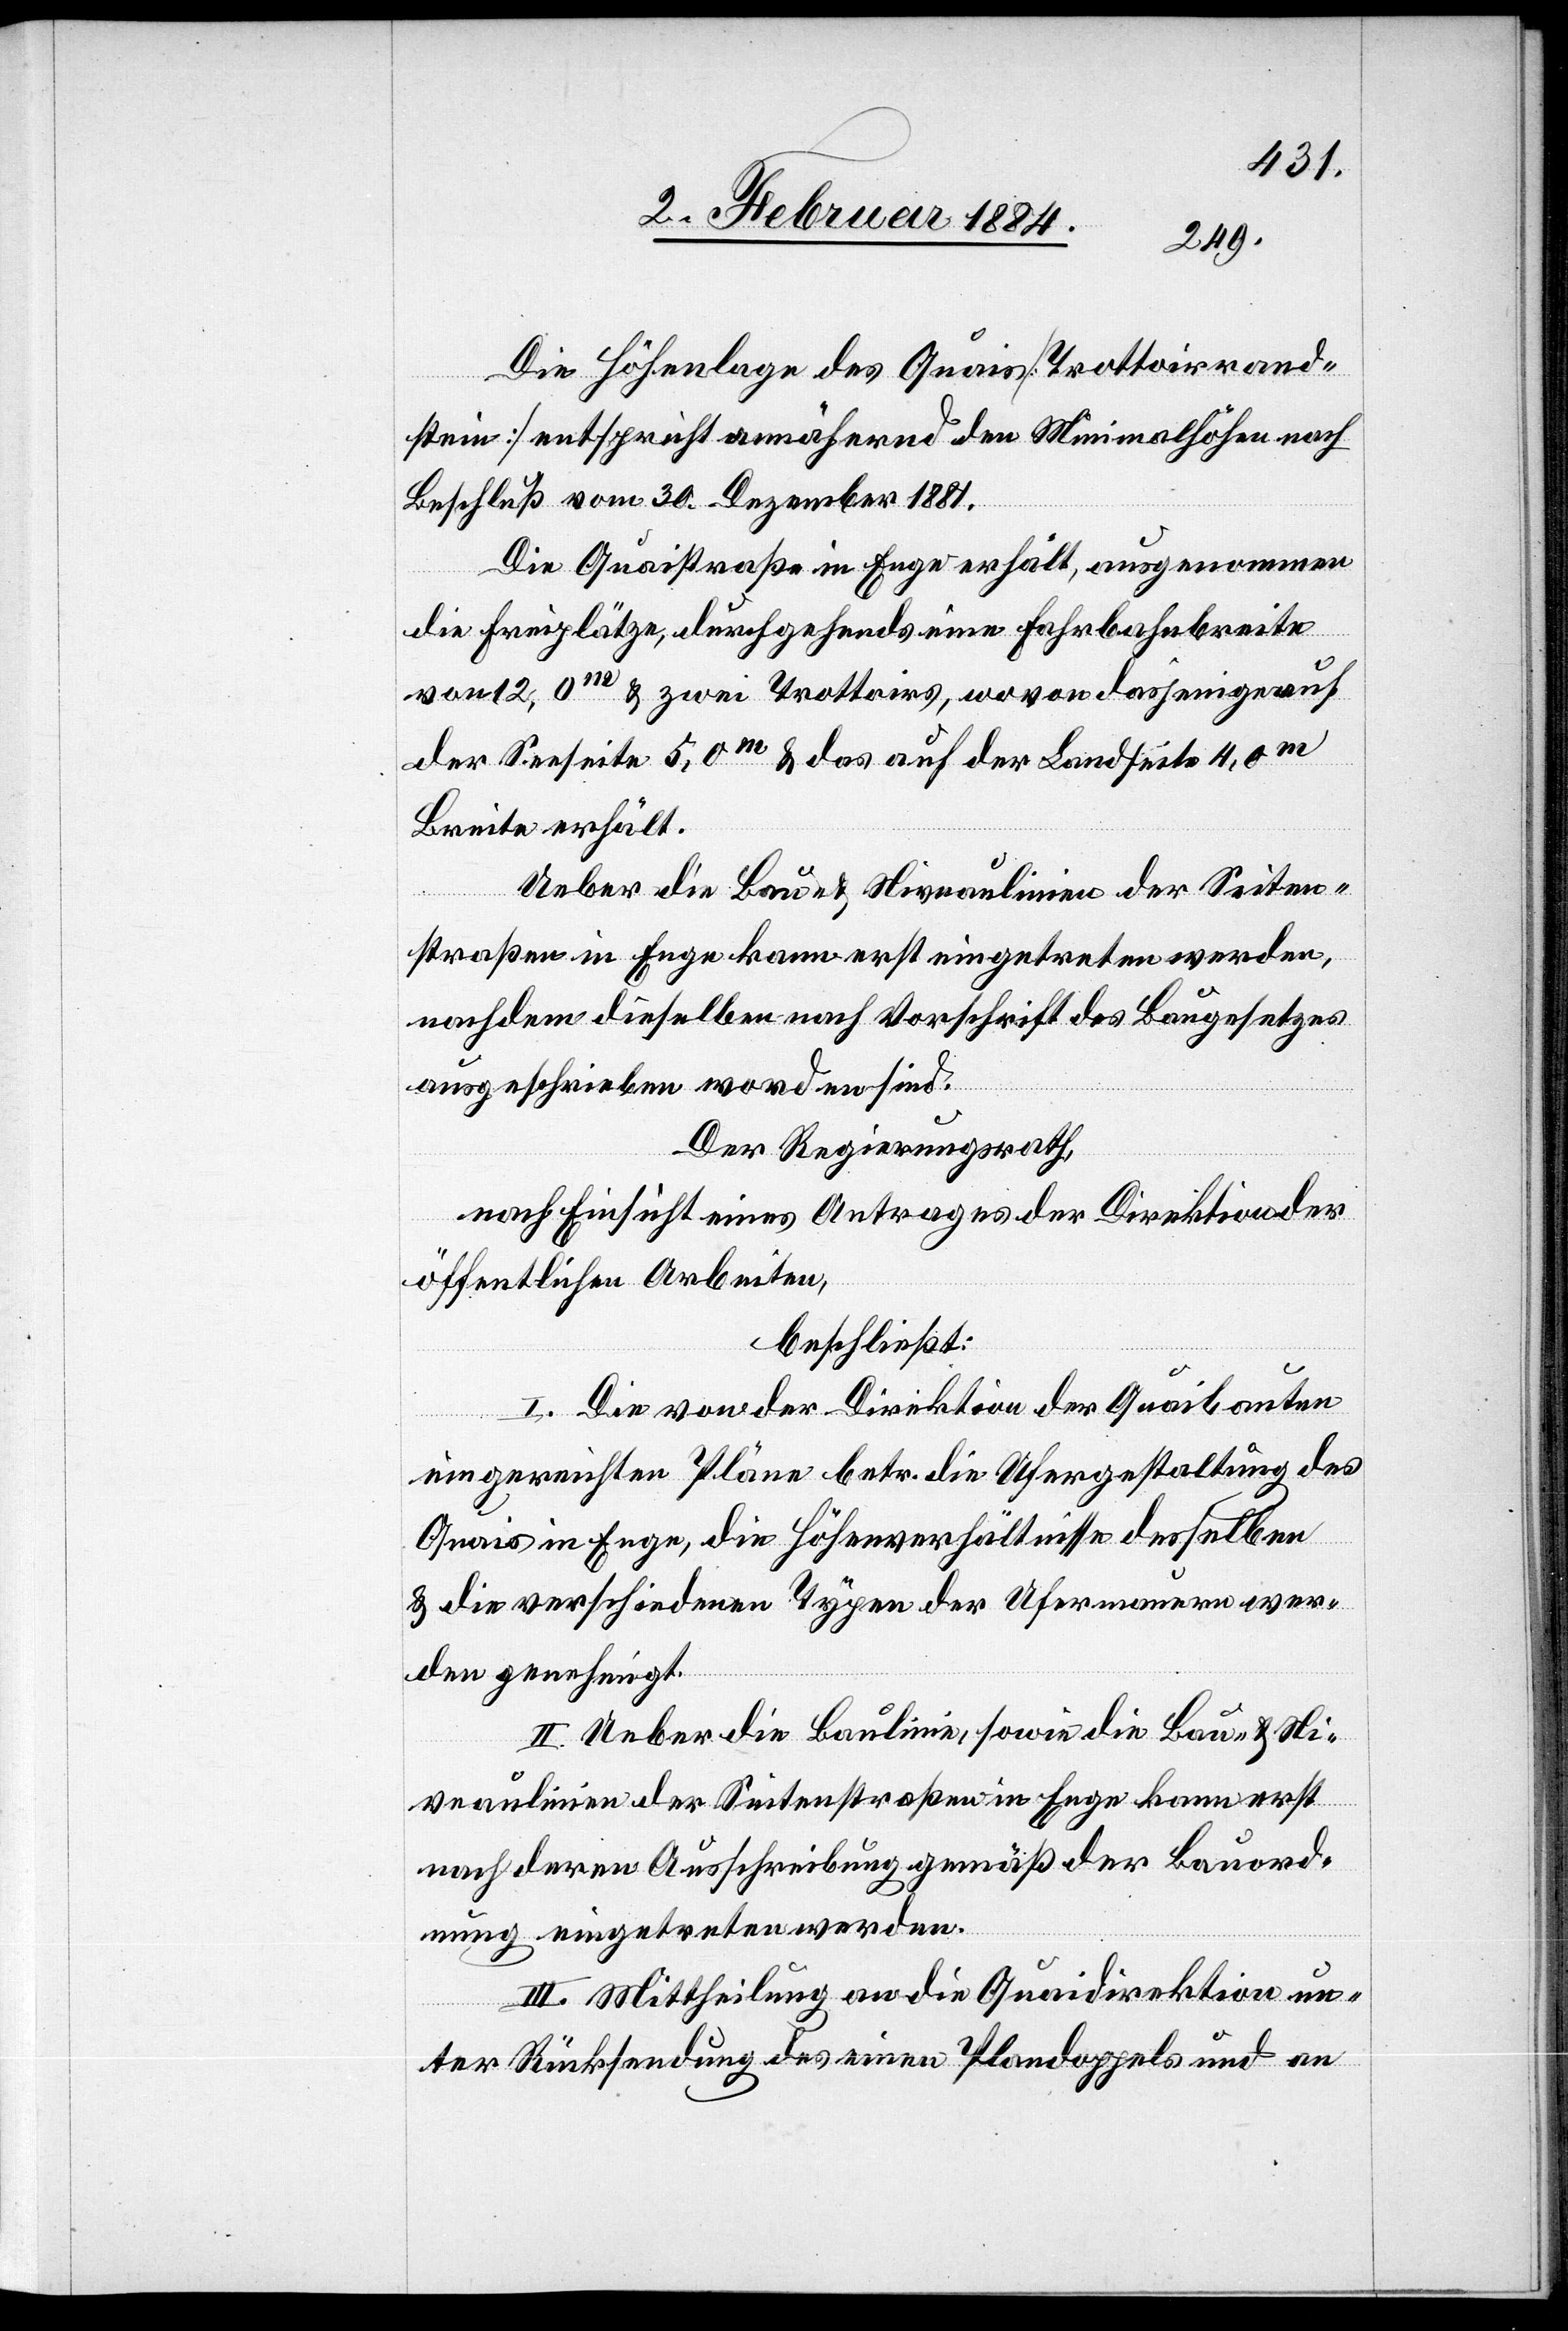
Die Höhenlage des Quais [Trottoirrand¬
stein] entspricht annähernd den Minimalhöhen nach
Beschluß vom 30. Dezember 1881.
Die Quaistraße in Enge erhält, ausgenommen
die Freiplätze, durchgehend eine Fahrbahnbreite
von 12,0m & zwei Trottoirs, wovon dasjenige auf
der Seeseite 5,0m & das auf der Landseite 4,0m
Breite erhält.
Auf] die Bau- & Niveaulinien der Seiten¬
straßen in Enge kann erst eingetreten werden,
nachdem dieselben nach Vorschrift des Baugesetzes
ausgeschrieben worden sind.
Der Regierungsrath,
nach Einsicht eines Antrages der Direktion der
öffentlichen Arbeiten,
beschließt:
I. Die von der Direktion der Quaibauten
eingereichten Pläne betr. die Ufergestaltung des
die
Quais in Enge, die Höhenverhältnisse desselben
& die verschiedenen Typen der Ufermauern wer¬
den genehmigt.
veaulinien der Seitenstraßen in Enge kann erst
nach deren Ausschreibung gemäß der Bauord¬
nung eingetreten werden.
III. Mittheilung an die Quaidirektion un¬
Ni¬
ter Rücksendung des einen Plandoppels und an